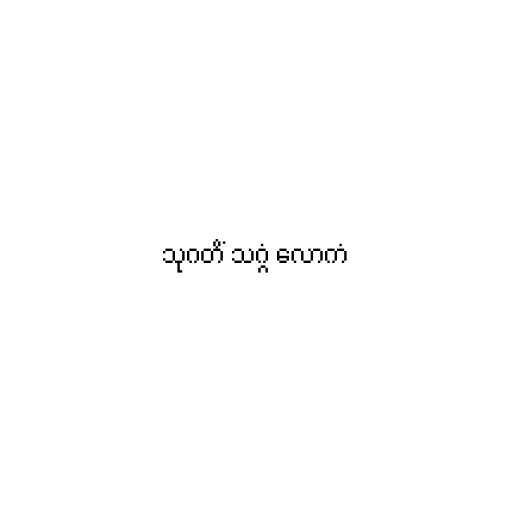
သုဂတိံ သဂ္ဂံ လောကံ